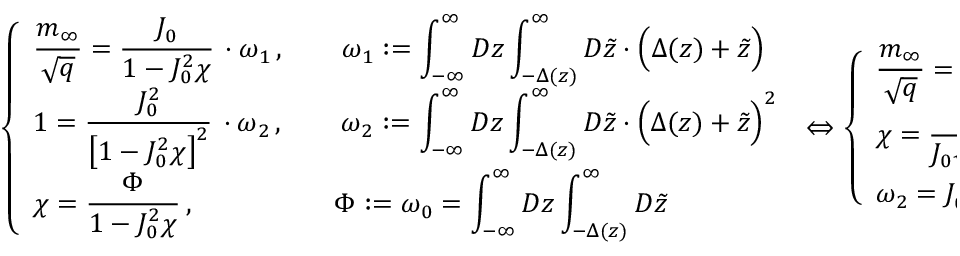
\left\{ \begin{array} { l } { \displaystyle \frac { m _ { \infty } } { \sqrt { q } } = \frac { J _ { 0 } } { \displaystyle 1 - J _ { 0 } ^ { 2 } \chi } \, \cdot \omega _ { 1 } \, , \qquad \omega _ { 1 } : = \int _ { - \infty } ^ { \infty } D z \int _ { - \Delta ( z ) } ^ { \infty } D \tilde { z } \cdot \Big ( \Delta ( z ) + \tilde { z } \Big ) } \\ { 1 = \displaystyle \frac { J _ { 0 } ^ { 2 } } { \displaystyle \big [ 1 - J _ { 0 } ^ { 2 } \chi \big ] ^ { 2 } } \, \cdot \omega _ { 2 } \, , \qquad \omega _ { 2 } : = \int _ { - \infty } ^ { \infty } D z \int _ { - \Delta ( z ) } ^ { \infty } D \tilde { z } \cdot \Big ( \Delta ( z ) + \tilde { z } \Big ) ^ { 2 } } \\ { \displaystyle \chi = \frac { \Phi } { \displaystyle 1 - J _ { 0 } ^ { 2 } \chi } \, , \qquad \qquad \quad \Phi : = \omega _ { 0 } = \int _ { - \infty } ^ { \infty } D z \int _ { - \Delta ( z ) } ^ { \infty } D \tilde { z } } \end{array} \right. \, \Leftrightarrow \left\{ \begin{array} { l } { \displaystyle \frac { m _ { \infty } } { \sqrt { q } } = \frac { \omega _ { 1 } } { \sqrt { \omega _ { 2 } } } } \\ { \displaystyle \chi = \frac { \Phi } { J _ { 0 } \sqrt { \omega _ { 2 } } } } \\ { \displaystyle \omega _ { 2 } = J _ { 0 } ^ { 2 } \cdot \big [ \omega _ { 2 } + \omega _ { 0 } \big ] ^ { 2 } } \end{array} \right. \,